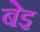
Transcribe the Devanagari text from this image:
बेइ